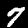
Digit: 7